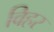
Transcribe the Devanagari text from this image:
विहर